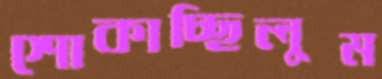
শোকাচ্ছিলুম